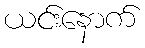
ယင်းနောက်